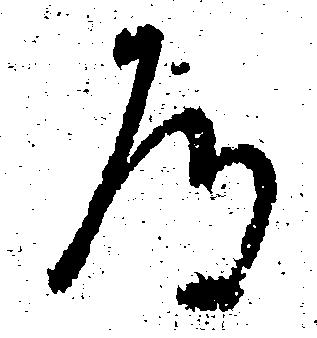
道